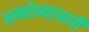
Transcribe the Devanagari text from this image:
अन्योन्याश्रयी